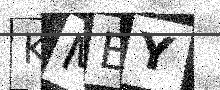
Text: KMEY